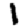
Digit: 1